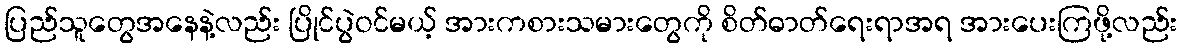
ပြည်သူတွေအနေနဲ့လည်း ပြိုင်ပွဲဝင်မယ့် အားကစားသမားတွေကို စိတ်ဓာတ်ရေးရာအရ အားပေးကြဖို့လည်း